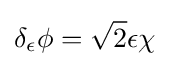
\delta _{\epsilon }\phi ={\sqrt {2}}\epsilon \chi